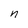
Character: n